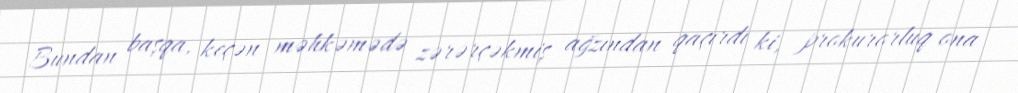
Bundan başqa, keçən məhkəmədə zərərçəkmiş ağzından qaçırdı ki, prokurorluq ona